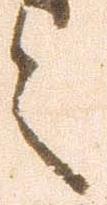
之